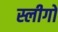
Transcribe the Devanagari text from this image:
स्लीगो